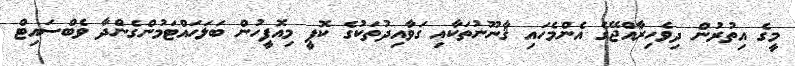
މީގެ އިތުރުން ދިވެހިރާއްޖޭގެ އެންމެހައި ޤާނޫނުތަކާއި ގަވާއިދުތަކުގެ ކޮޕީ މިއޮފީހުން ބަލަހައްޓަމުންގެންދާ ވެބްސައިޓް